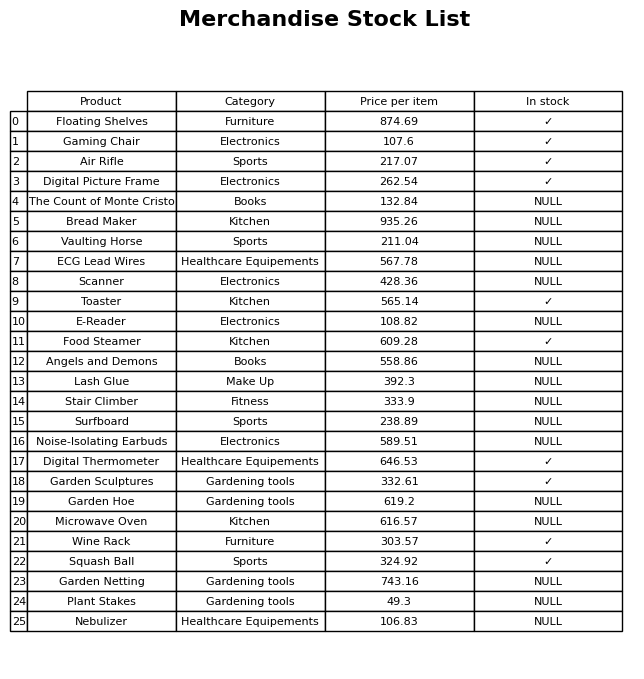
question: What category does the Food Steamer belong to?
answer: Kitchen